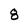
Character: 8